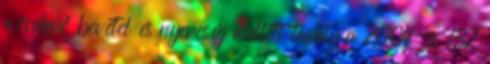
növekvő bevétel és nyereség mellett tavaly a 2004-es 132